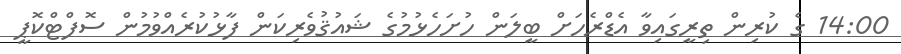
14:00 ގެ ކުރިން ތިރީގައިވާ އެޑްރެހަށް ބީލަން ހުށަހެޅުމުގެ ޝައުޤުވެރިކަން ފާޅުކުރެއްވުމުން ސޮފްޓްކޮޕީ